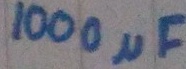
Text: 100µF